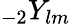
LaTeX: {}_{-2}Y_{lm}